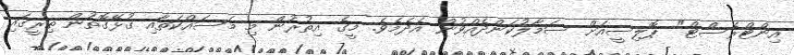
އިންޓްރެސްޓް" ޕޮލިސީއަށް ސަމާލުކަންދެއްވުން އެދެމެވެ. މީގެ އިތުރުން މި މަސައްކަތާއި ގުޅޭގޮތުން ތިރީގައި